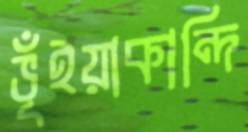
ভূঁইয়াকান্দি